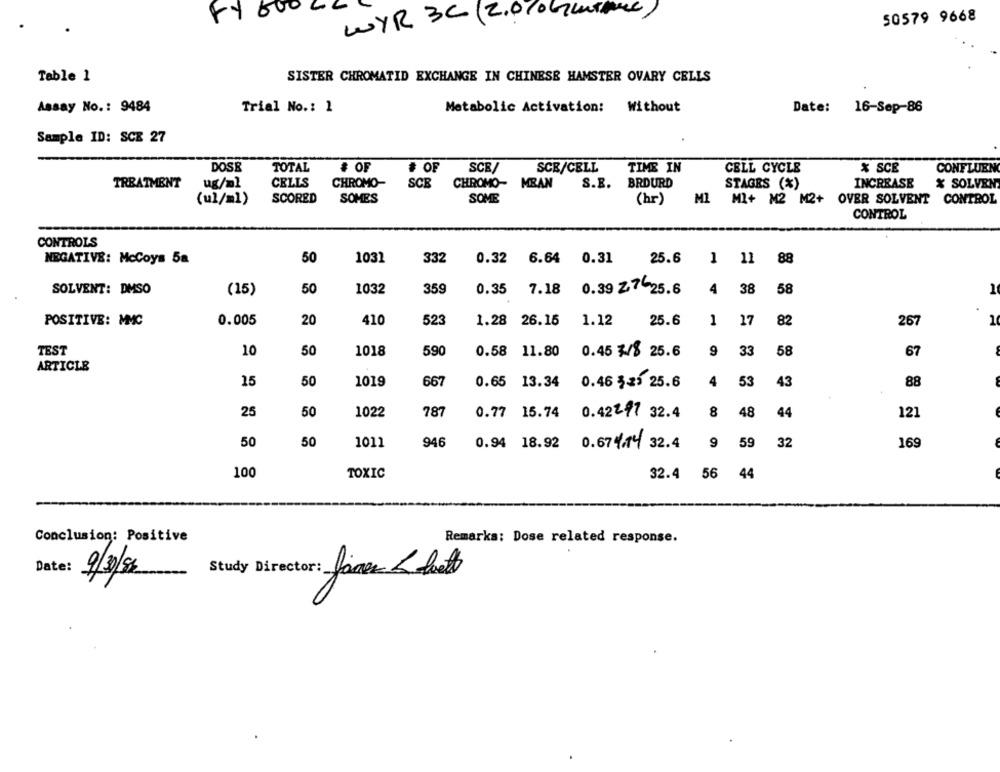
FY 600
WYR 3C (2.0 / 0Grame)
50579 9668
Table 1
SISTER CHROMATID EXCHANGE IN CHINESE HAMSTER OVARY CELLS
Assay No .: 9484
Trial No .: 1
Metabolic Activation: Without
Date: 16-Sep-86
Sample ID: SCE 27
DOSE
TOTAL
# OF
# OF
SCE/
SCE/CELL
TIME IN
CELL CYCLE
% SCE
CONFLUEN
TREATMENT
ug/ml
CELLS
CHROMO-
SCB
CHROMO- MEAN
S.B. BRDURD
STAGES (%)
INCREASE
X SOLVEN
(ul/ml)
SCORED
SOMES
SOME
(hr)
MI
MI+ M2 M2+ OVER SOLVENT CONTROL
CONTROL
CONTROLS
NEGATIVE: McCoys 5a
50
1031
332
0.32 6.64
0.31
25.6
88
SOLVENT: DMSO
(15)
50
1032
359
0.35
7.18
0.39 2.7 25.6
4
38
58
1
POSITIVE: MMC
0.005
20
410
523
1.28 26.15
1.12
25.6
1
17
82
267
1
TEST
10
50
1018
590
0.58 11.80
0.45 7/8 25.6
9
33
58
67
ARTICLE
15
50
1019
667
0.65 13.34
0.46 3 23 25.6
4
53
43
88
25
50
1022
787
0.77 15.74
0.42297 32.4
8
48
44
121
50
50
1011
946
0.94 18.92
0.674.14 32.4
9
59
32
16
100
TOXIC
32.4 56 44
Conclusion: Positive
Remarks: Dose related response.
Date :
9/3/8
Study Director: Jones & bath